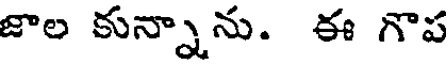
జాల కున్నాను. ఈ గొప